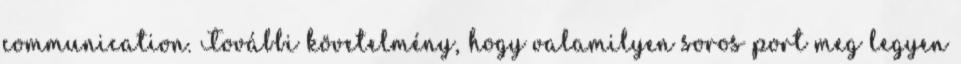
communication. További követelmény, hogy valamilyen soros port meg legyen